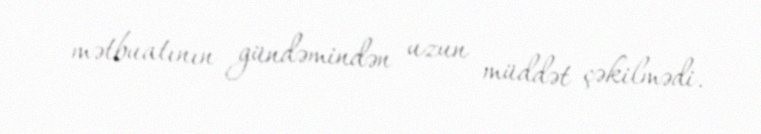
mətbuatının gündəmindən uzun müddət çəkilmədi.